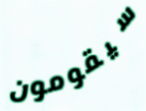
سيقومون